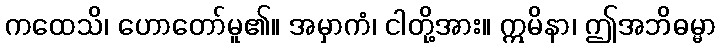
ကထေသိ၊ ဟောတော်မူ၏။ အမှာကံ၊ ငါတို့အား။ ဣမိနာ၊ ဤအဘိဓမ္မာ